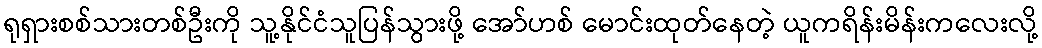
ရုရှားစစ်သားတစ်ဦးကို သူ့နိုင်ငံသူပြန်သွားဖို့ အော်ဟစ် မောင်းထုတ်နေတဲ့ ယူကရိန်းမိန်းကလေးလို့